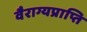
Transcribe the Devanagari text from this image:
वैराग्यप्राप्ति